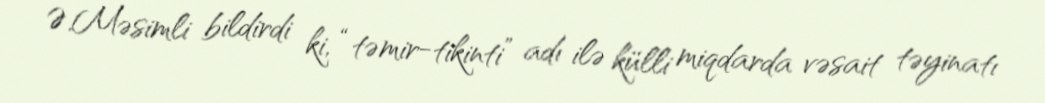
Ə.Məsimli bildirdi ki, “təmir-tikinti” adı ilə külli miqdarda vəsait təyinatı